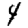
Digit: 4